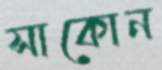
সাকোন